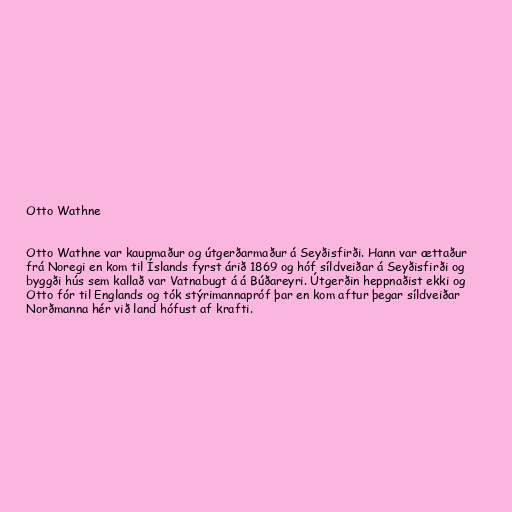
Otto Wathne

Otto Wathne var kaupmaður og útgerðarmaður á Seyðisfirði. Hann var ættaður
frá Noregi en kom til Íslands fyrst árið 1869 og hóf síldveiðar á Seyðisfirði og
byggði hús sem kallað var Vatnabugt á á Búðareyri. Útgerðin heppnaðist ekki og
Otto fór til Englands og tók stýrimannapróf þar en kom aftur þegar síldveiðar
Norðmanna hér við land hófust af krafti.